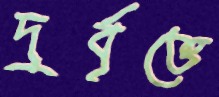
দুর্বৃত্তে